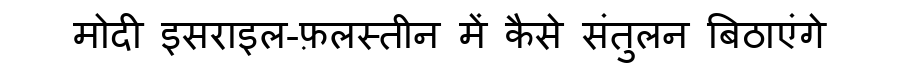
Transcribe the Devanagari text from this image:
मोदी इसराइल-फ़लस्तीन में कैसे संतुलन बिठाएंगे